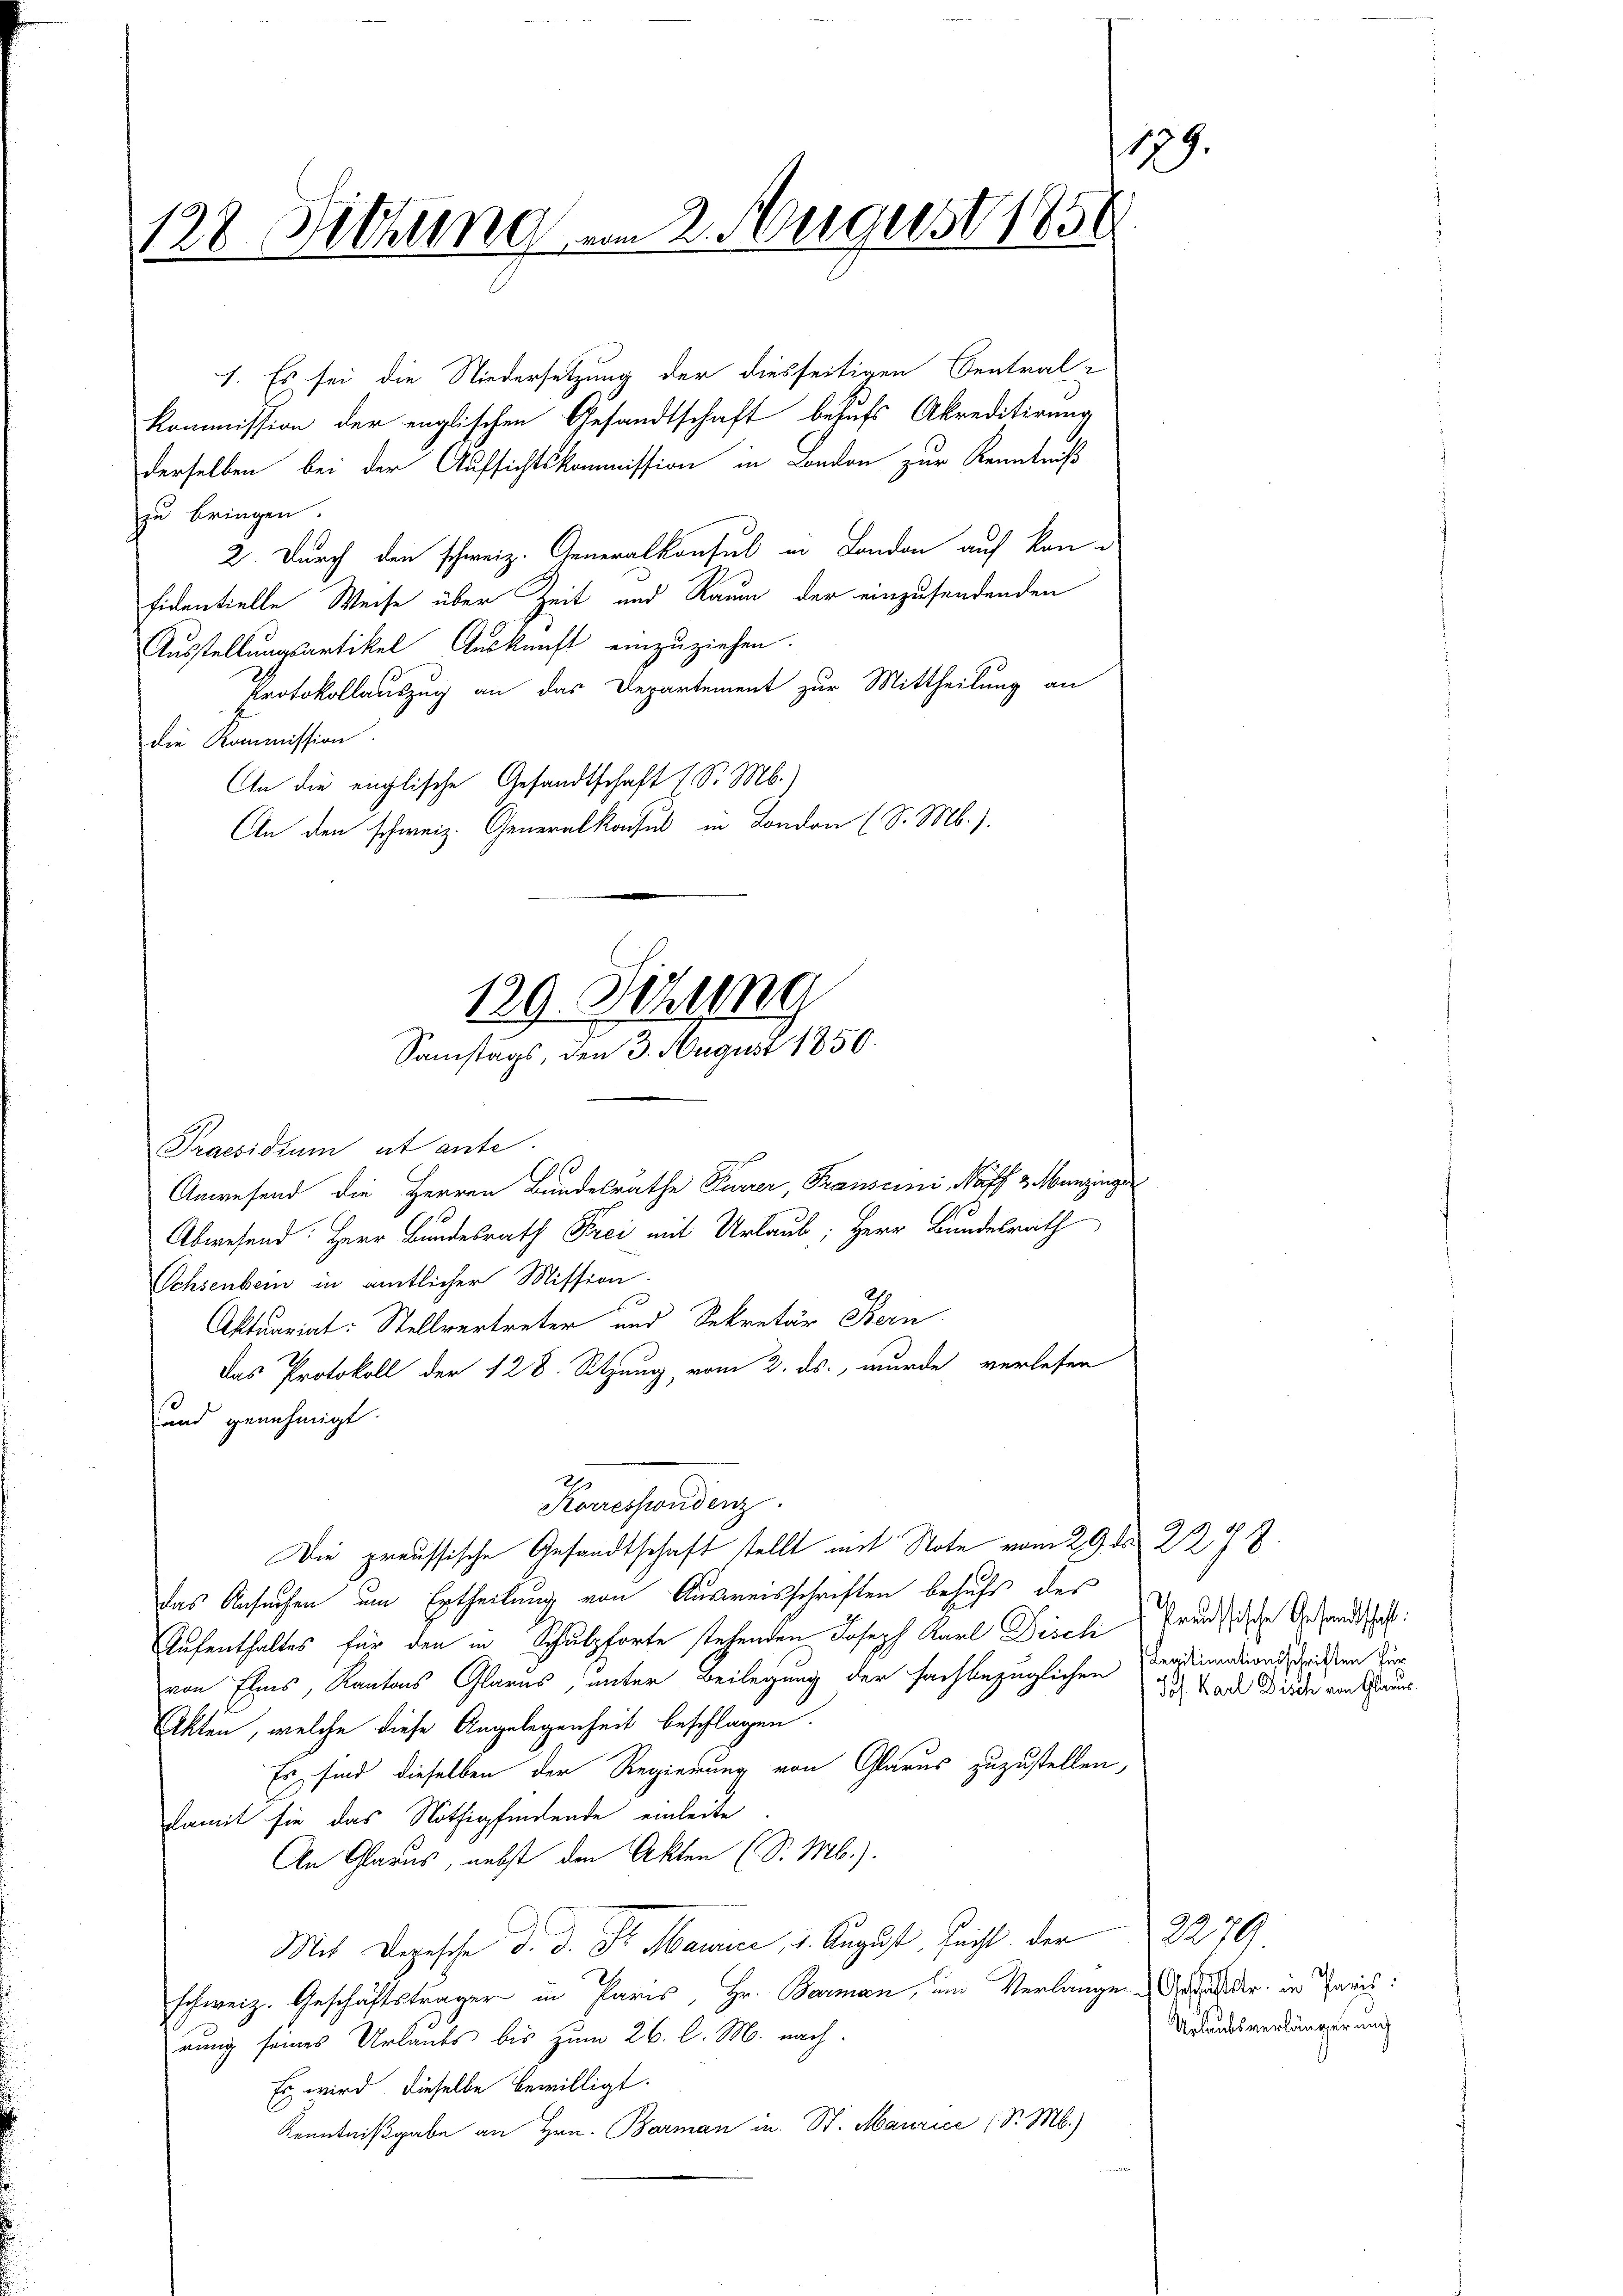
1
128. Sitzung am 2. August 1858

1. Es sei die Niedersetzung der diesseitigen Central-
Kommission der englischen Gesandtschaft behufs Akreditirung
derselben bei der Aufsichtskommission in London zur Kenntniß
zu bringen.
2. Durch den schweiz. Generalkonsul in London auf kon-
fidentielle Weise über Zeit und Raum der einzusendenden
Ausstellungsartikel Auskunft einzuziehen.
Protokollauszug an das Departement zur Mittheilung an
die Kommission
An die englische Gesandtschaft 1 S. M.)
An den schweiz. Generalkonsul in London (S. M.).

129. Sitzung
Samstags, den 3. August 1850.

Praesidium et ante.
10
G
Anwesend die Herren Bundesräthe Furrer, Transcini, Naff & Munzinger
Abwesend: Herr Bundesrath Frei mit Urlaub, Herr Bundesrath
Ochsenbein in amtlicher Mission.
Aktuariat: Stellvertreter und Sekretär Bern
Das Protokoll der 128. Setzung, vom 2. ds., wurde verlesen
und genehmigt.
21
Korrespondenz.
Die preussische Gesandtschaft stellt mit Note vom 29. d. 228.
das Ansuchen um Ertheilung von Ausweisschriften behufs des
Aufenthaltes für den in Schulpforte stehenden Joseph Karl Discli
von Elis, Kantons Glarus, unter Beilegung der fachbezüglichen
Akten, welche diese Angelegenheit beschlagen.
Es sind dieselben der Regierung von Glarus zuzustellen,
damit sie das Nöthigfindende einleite
An Glarus, nebst den Akten (S. Mb.).
Mit Depesche d. d. Dr. Marice, 1. August, Zucht der
schweiz. Geschäftsträger in Paris, Hr. Barman, um Verlange der in Paris
rung seines Urlaubs bis zum 26. l. M. nach.
Es wird dieselbe bewilligt.
Kenntnißgabe an Hrn. Barman in St. Maurice (S. M.)

9.

Preussische Gesandtschaft
Legitimationsschriften für
Jos. Karl Fisch von Glarus,

2279.
Urlaubsverlängerung